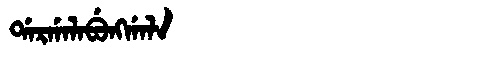
Manchu: ᡩᠠᡵᡤᠠᠯᠠᠪᡠᠩᡤᠠᠯᠠ
Romanization: DARGALABUNGGALA